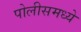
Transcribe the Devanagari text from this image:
पोलीसमध्ये